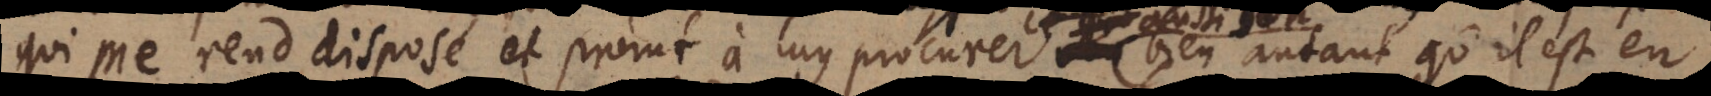
qui me rend disposé et promt à luy procurer aussi son bien autant qu’il est en